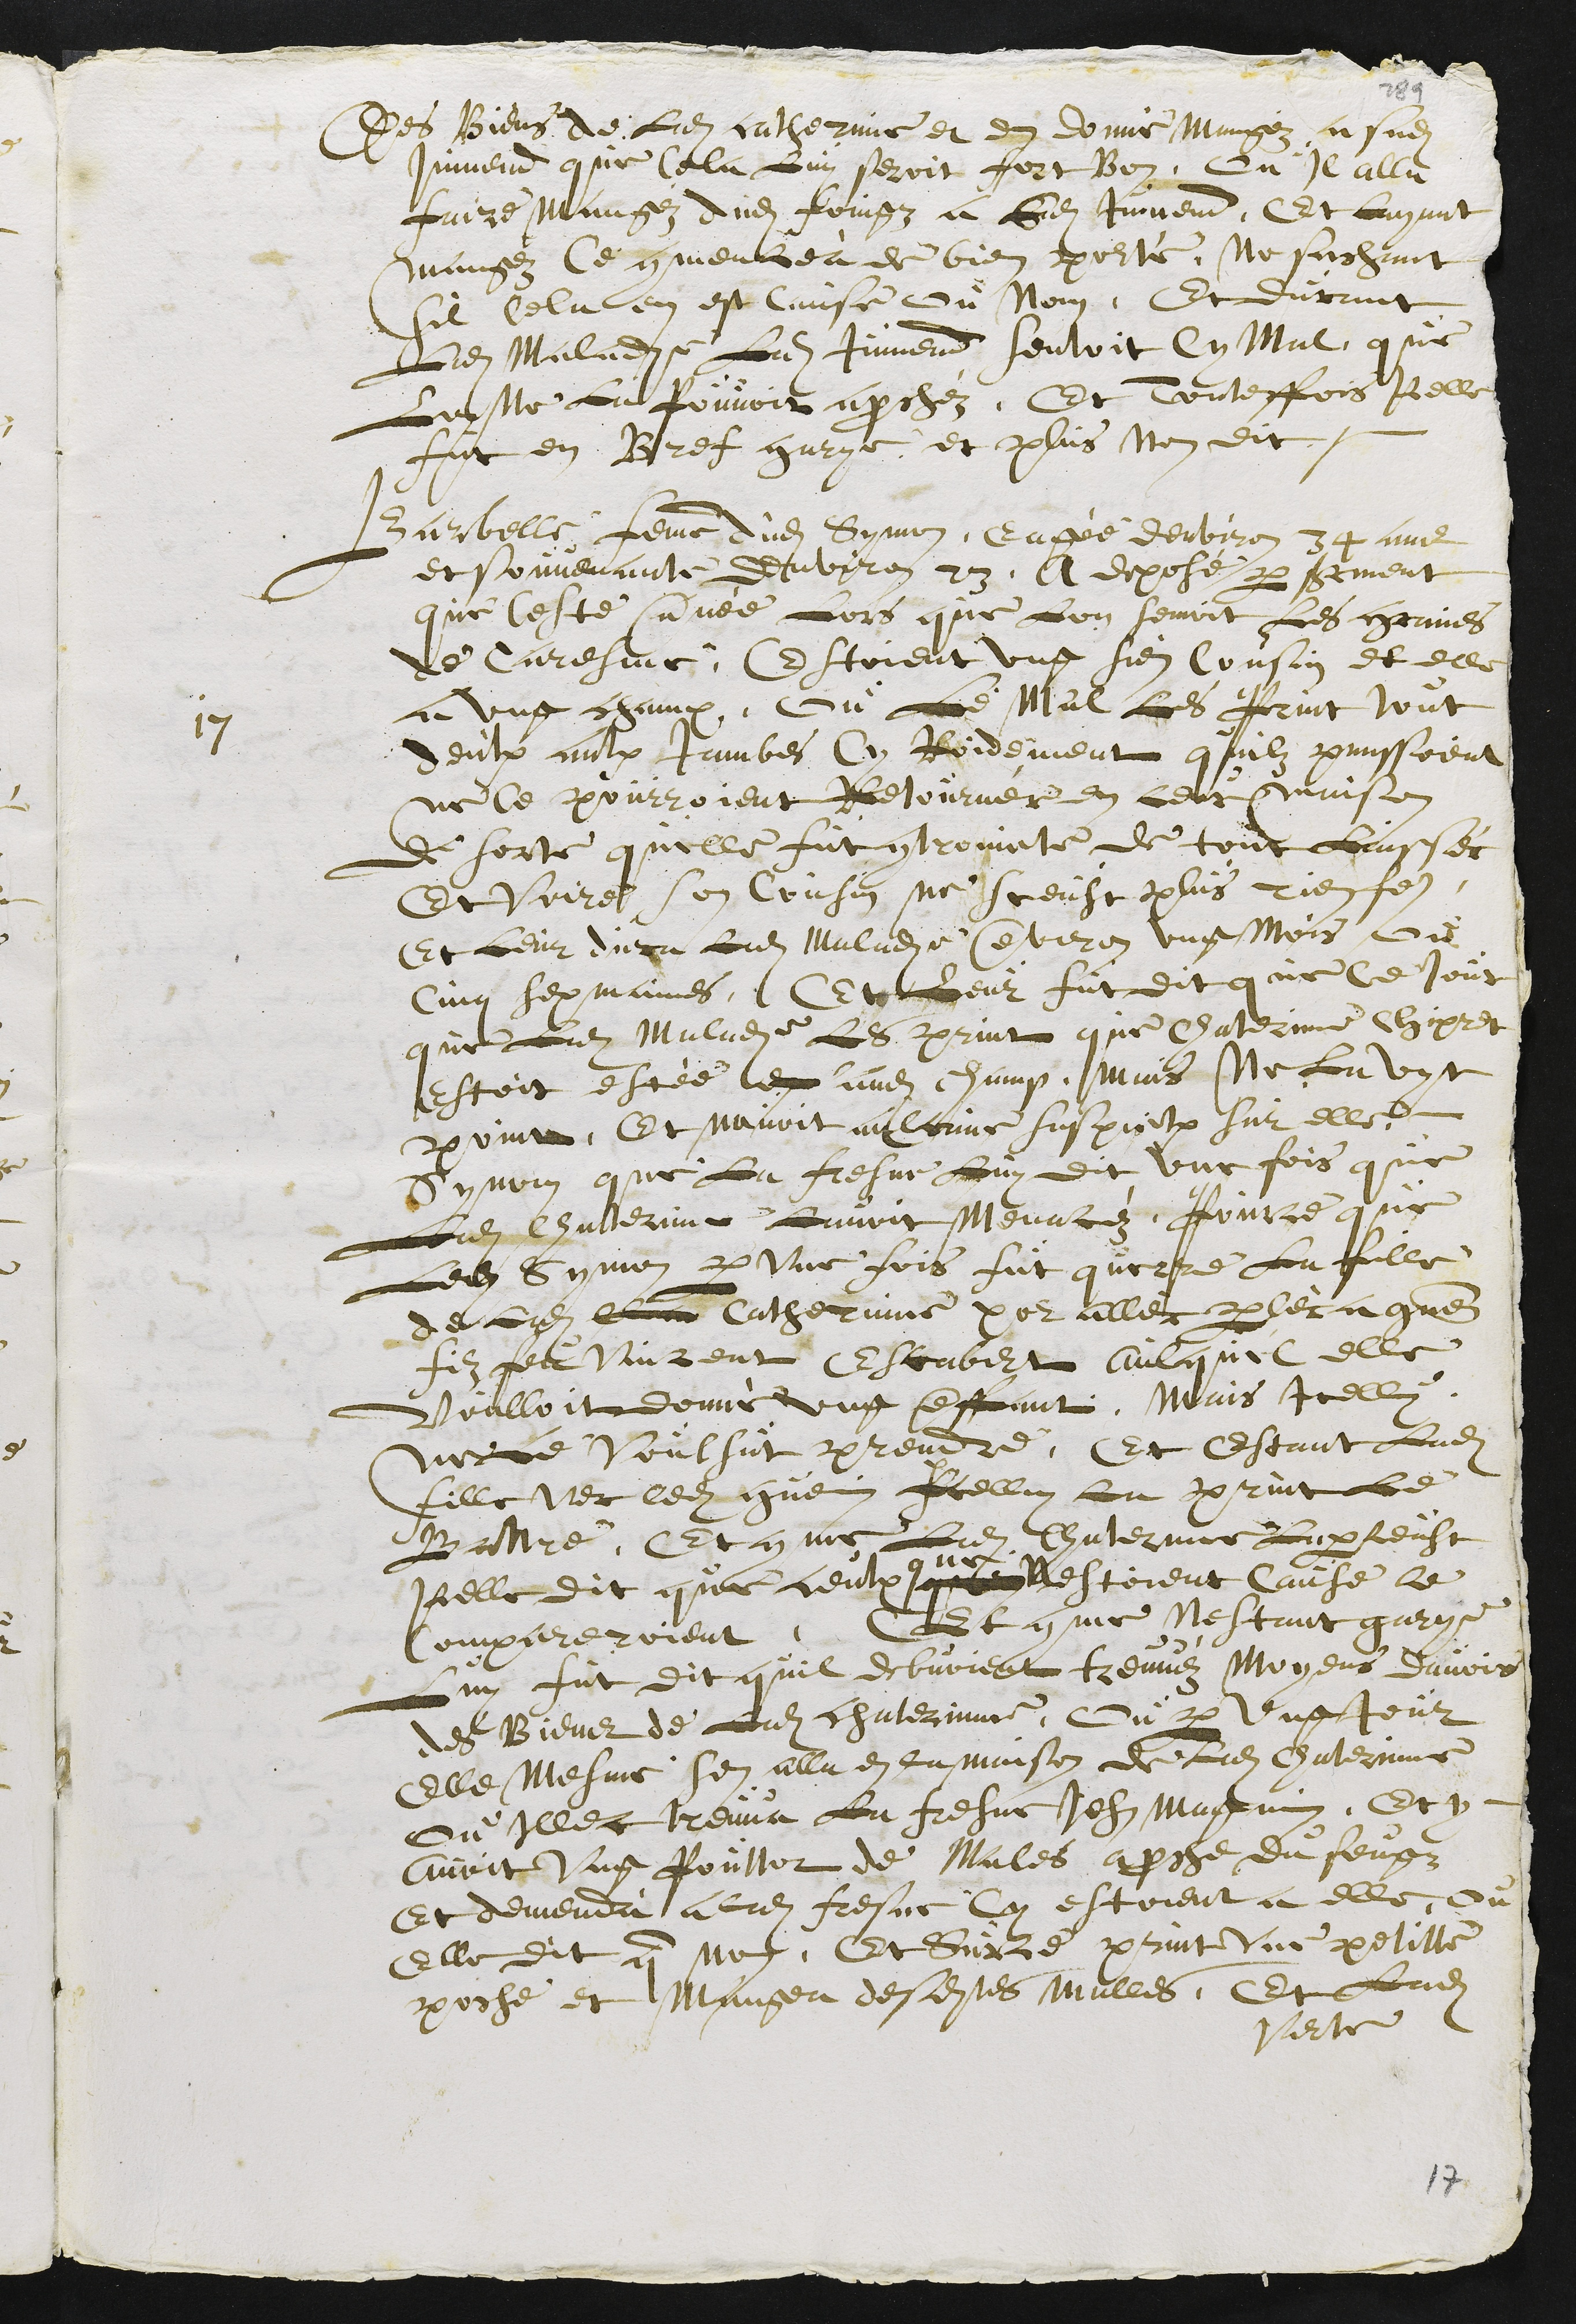
Des Biens de Ladite catherinne et en donné mangéz a sadite
Jumend que Cela Luy seroit fort Bon. Ou Il alla
faire mangéz dudit foingz a Ladite Jumend, Et layant
mangéz Ce commencea de bien porté, Ne sachant
sil Cela en est Cause ou Non, Et durant
Ladite Maladie Ladite Jumend sentoit Cy mal, que
Lon Ne La pouvoit aprochéz, Et Touteffois Icelle
fut en Bref garye, et plus nen dit.
17
Barbelle, femme dudit Symon, Eagée denviron 34 ans
et souvenante denviron 23, A deposé par serment
que Ceste année Lors que Lon semoit les graines
de Caresme, Estoient ung sien Cousin et elle
a ung champ, ou Le Mal Les Print tout
deulx aulx Jambes Cy Roidement quilz penssoient
ne Ce pourroient Retournér en leur maison
de sorte quelle fut controincte de tout laissér
Et Voire son Cousin ne sceust plus rien faire.
Et leur dura ladite Maladie environ ung Mois ou
Cinq sepmaines, Et Leur fut dit que Ce Jour
que Ladite Maladie Les print que Chaterinne Chipret
Estoit estée en audit champ, mais Ne La Vyt
point, Et navoit aulcune suspiction sur elle.
Synon que La Fresne Luy dit une fois que
Ladite Chaterine Lavoit Menacéz, Pource que
Ledit Symon par une fois fut querre La fille
de ladite Ch??? Catherinne pour allér parlér a guenin
filz feu Vincent Escabert Aulquel elle
voulloit donné ung enffant. Mais Icellui
ne Le Voulsut prendre. Et Estant Ladite
fille ver ledit guenin Icelluy la print la
Battre, Et comme Ladite Chaterinne Laperceust
Icelle dit que ceulx que
que
Nestoient Cause le
compareroient, Et comme Nestant garye
Luy fut dit quil debvoient treuvéz Moyens davoir
des Biens de Ladite Chaterinne, Ou par ung Jour
Elle Mesme sen alla en la maison de Ladite Chaterinne
ou Illec treuva La fresne Jehan Magnin, Et y
avoit ung Pouttot de Males aproche du feugz
Et demenda a ladite fresne Cy estoient a elle, ou
Elle dit que non. Et Surce print une petitte
poche et Mangea desdites malles, Et Ladite
Verte